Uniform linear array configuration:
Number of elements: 4
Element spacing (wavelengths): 0.5
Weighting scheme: exponential
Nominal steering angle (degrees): -60
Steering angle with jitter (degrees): -60.714
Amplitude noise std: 0.05
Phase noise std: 0.05

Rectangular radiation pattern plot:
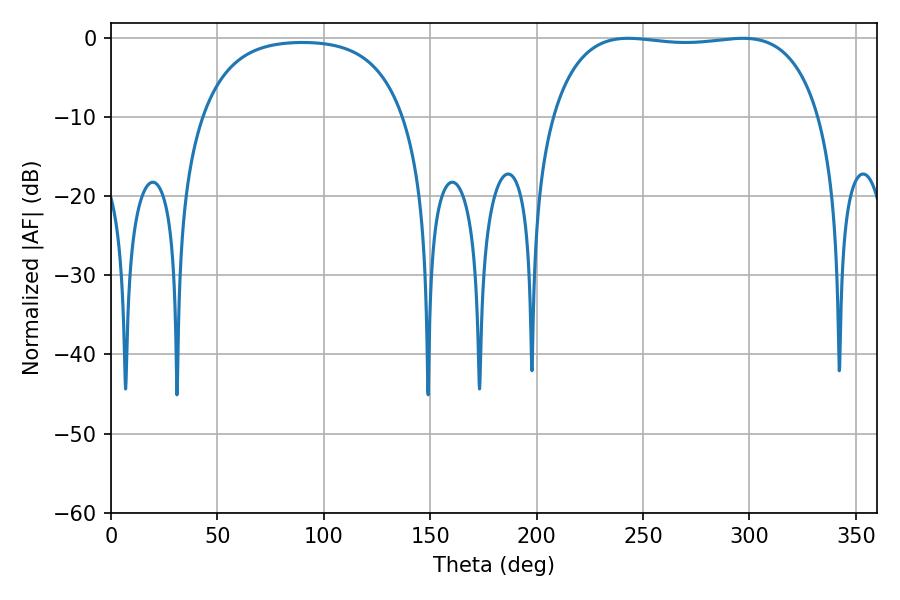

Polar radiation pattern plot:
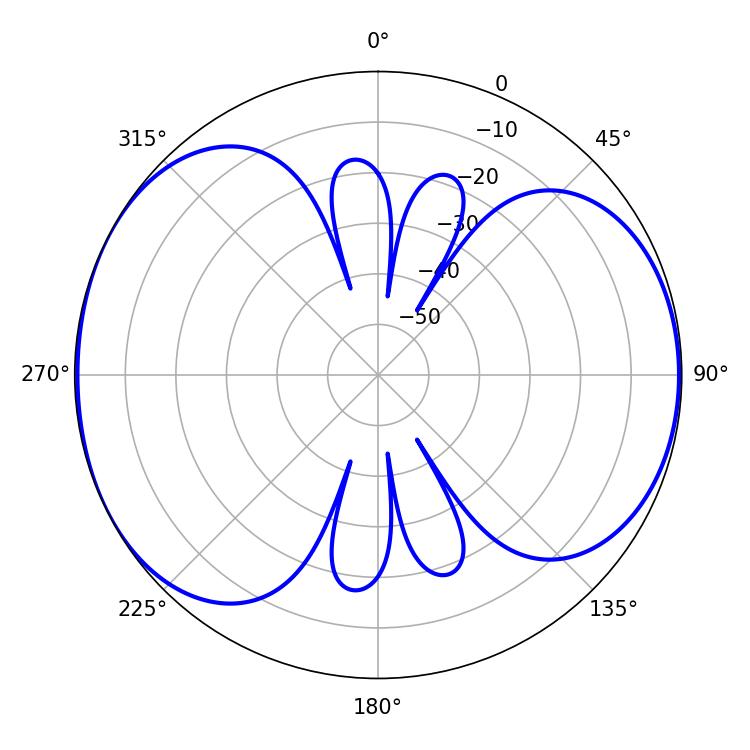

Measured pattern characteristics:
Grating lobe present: FALSE
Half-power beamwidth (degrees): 100.44
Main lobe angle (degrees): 243